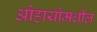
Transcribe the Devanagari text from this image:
ओहायोमधील